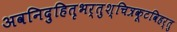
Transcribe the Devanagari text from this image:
अवनिदुहितृभर्तुश्चित्रकूटविहर्तु